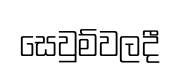
සෙවුම්වලදී